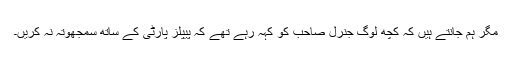
مگر ہم جانتے ہیں کہ کچھ لوگ جنرل صاحب کو کہہ رہے تھے کہ پیپلز پارٹی کے ساتھ سمجھوتہ نہ کریں۔